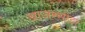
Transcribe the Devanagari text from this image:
आजरसोंडा